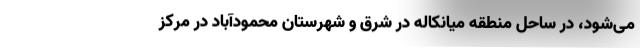
می‌شود، در ساحل منطقه میانکاله در شرق و شهرستان محمودآباد در مرکز